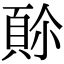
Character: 𩒈